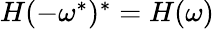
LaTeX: \begin{array}{r}{H(-\omega^{*})^{*}=H(\omega)}\end{array}